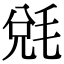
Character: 𣮆